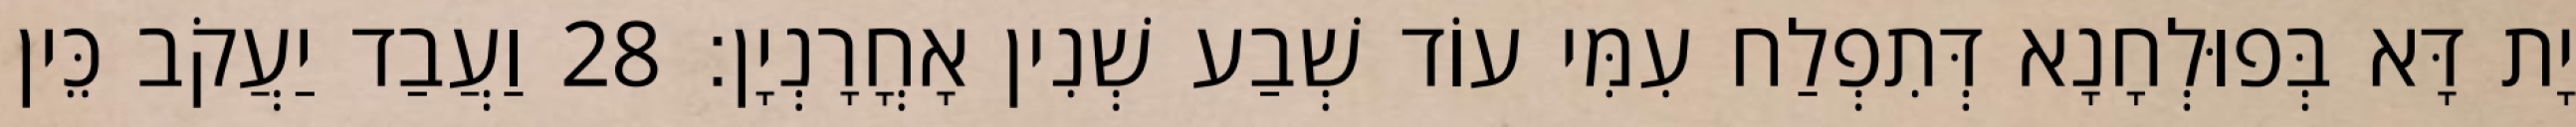
יָת דָּא בְּפוּלְחָנָא דְּתִפְלַח עִמִּי עוֹד שְׁבַע שְׁנִין אָחֳרָנְיָן׃ 28 וַעֲבַד יַעֲקֹב כֵּין